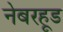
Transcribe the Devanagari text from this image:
नेबरहूड